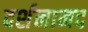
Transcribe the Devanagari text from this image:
दर्शनानद